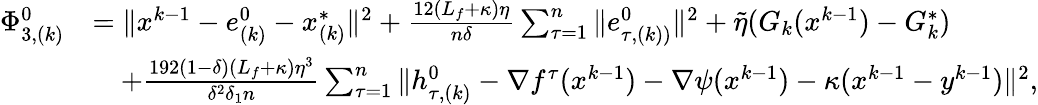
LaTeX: \begin{array}{rl}{\Phi_{3,(k)}^{0}}&{=\| x^{k-1}-e_{(k)}^{0}-x_{(k)}^{*}\| ^{2}+\frac{12(L_{f}+\kappa)\eta}{n\delta}\sum_{\tau=1}^{n}\| e_{\tau,(k))}^{0}\| ^{2}+\tilde{\eta}(G_{k}(x^{k-1})-G_{k}^{*})}\\ &{\quad+\frac{192(1-\delta)(L_{f}+\kappa)\eta^{3}}{\delta^{2}\delta_{1}n}\sum_{\tau=1}^{n}\| h_{\tau,(k)}^{0}-\nabla f^{\tau}(x^{k-1})-\nabla\psi(x^{k-1})-\kappa(x^{k-1}-y^{k-1})\| ^{2},}\end{array}